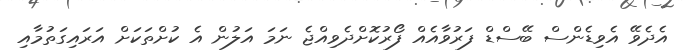
އެދެވޭ އެވިޑެންސް ބޭސްޑް ފަރުވާއެއް ފޯރުކޮށްދެވިއްޖެ ނަމަ އަލުން އެ ކުށްތަކަށް އަރައިގަތުމާއި